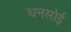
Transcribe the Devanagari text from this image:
धनसोई